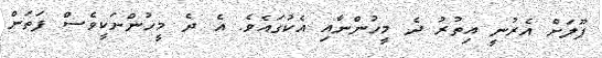
ޕޫލަށް އެރުނީ އިތުރު ދެ މީހުންނާއި އެކުގައެވެ. އެ ދެ މީހުންނަކީވެސް ފަތަން